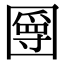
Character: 𡈣